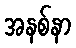
အနစ်နာ